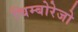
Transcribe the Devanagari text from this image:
चिम्बोरेजो